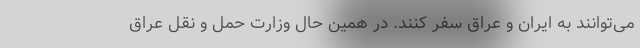
می‌توانند به ایران و عراق سفر کنند. در همین حال وزارت حمل و نقل عراق